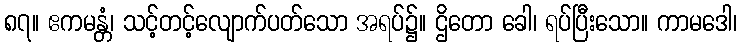
၈၇။ ဧကမန္တံ၊ သင့်တင့်လျောက်ပတ်သော အရပ်၌။ ဌိတော ခေါ၊ ရပ်ပြီးသော။ ကာမဒေါ၊